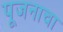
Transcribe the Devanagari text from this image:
पूजनाचा